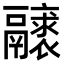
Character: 𩱝